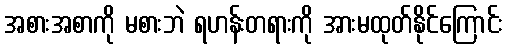
အစားအစာကို မစားဘဲ ရဟန်းတရားကို အားမထုတ်နိုင်ကြောင်း